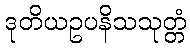
ဒုတိယဥပနိသသုတ္တံ